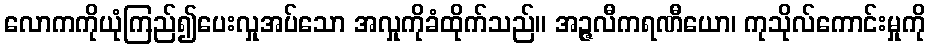
လောကကိုယုံကြည်၍ပေးလှုအပ်သော အလှုကိုခံထိုက်သည်။ အဉ္ဇလီကရဏီယော၊ ကုသိုလ်ကောင်းမှုကို